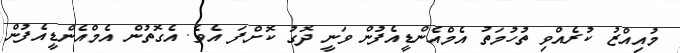
މުއިއްޒު ކުރެއްވި ތުހުމަތު އެމްއެންޑީއެފުން ވަނީ ދޮގު ކޮށްފަ އެވެ. އެގޮތުން އެމްއެންޑީއެފުން